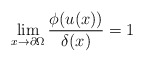
\begin{align*}\lim_{x\rightarrow\partial\Omega}\frac{\phi(u(x))}{\delta(x)}=1\end{align*}